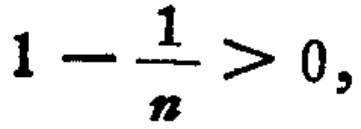
$1 - \frac{1}{n} > 0,$